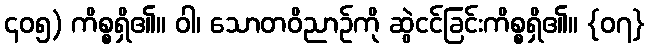
၄၀၅) ကိစ္စရှိ၏။ ဝါ၊ သောတဝိညာဉ်ကို ဆွဲငင်ခြင်းကိစ္စရှိ၏။ {၀၇}